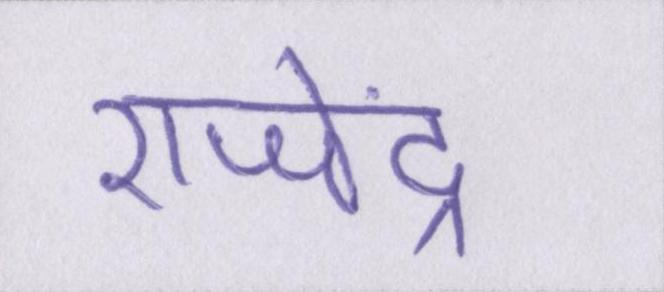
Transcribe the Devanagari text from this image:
राजेंद्र